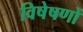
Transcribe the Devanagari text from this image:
विषेषणों